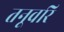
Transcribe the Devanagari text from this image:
तनूवरि